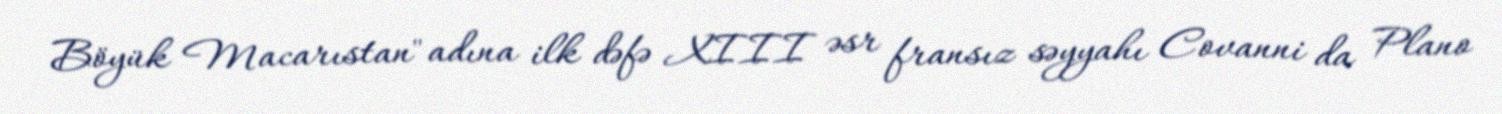
Böyük Macarıstan" adına ilk dəfə XIII əsr fransız səyyahı Covanni da Plano